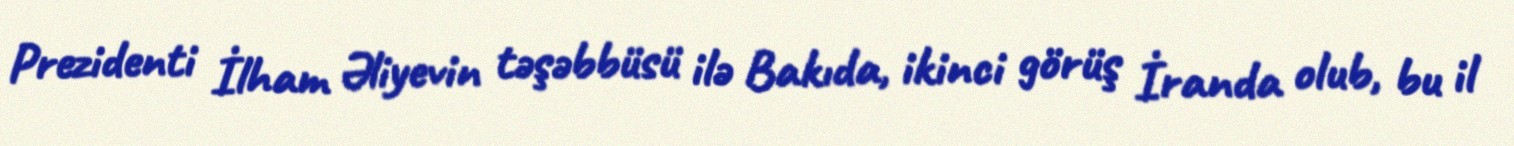
Prezidenti İlham Əliyevin təşəbbüsü ilə Bakıda, ikinci görüş İranda olub, bu il